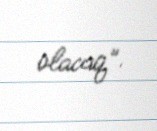
olacaq”.